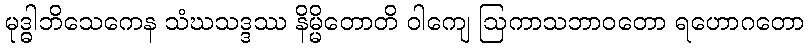
မုဒ္ဓါဘိသေကေန သံဃသဒ္ဒဿ နိမ္မိတောတိ ဝါကျေ ဩကာသဘာဝတော ရဟောဂတော